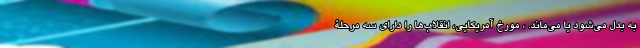
به بدل می‌شود یا می‌ماند. ، مورخ آمریکایی، انقلاب‌ها را دارای سه مرحلۀ